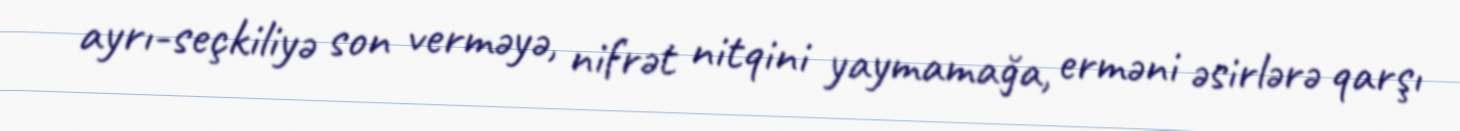
ayrı-seçkiliyə son verməyə, nifrət nitqini yaymamağa, erməni əsirlərə qarşı